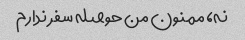
نه، ممنون من حوصله سفر ندارم